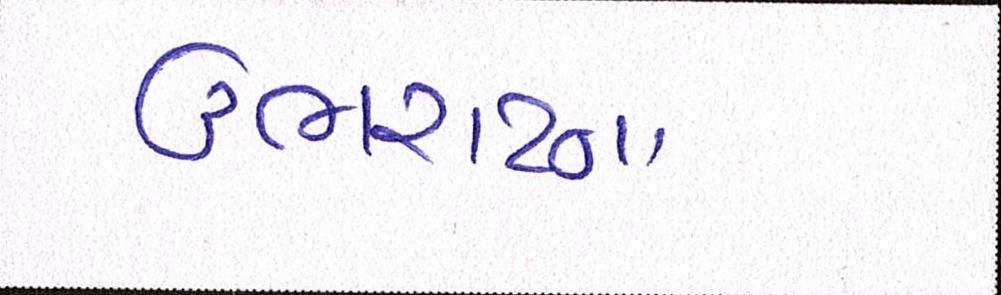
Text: ઉભરાટના